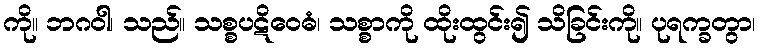
ကို။ ဘဂဝါ၊ သည်။ သစ္စပဋိဝေဓံ၊ သစ္စာကို ထိုးထွင်း၍ သိခြင်းကို။ ပုရက္ခတွာ၊